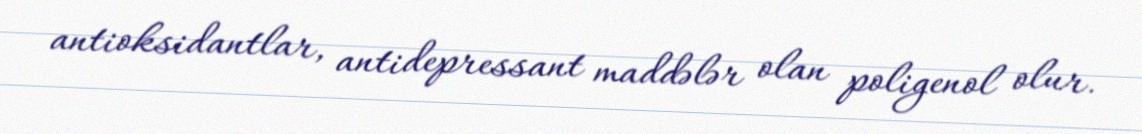
antioksidantlar, antidepressant maddələr olan poligenol olur.